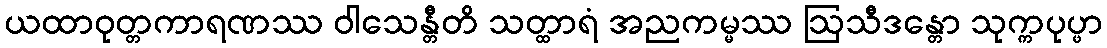
ယထာဝုတ္တကာရဏဿ ဝါသေန္တီတိ သတ္ထာရံ အညကမ္မဿ ဩသီဒန္တော သုက္ကပုပ္ဖာ